Annual administration report of the Civil Veterinary Department of India - 1899-1900
Year: 1899
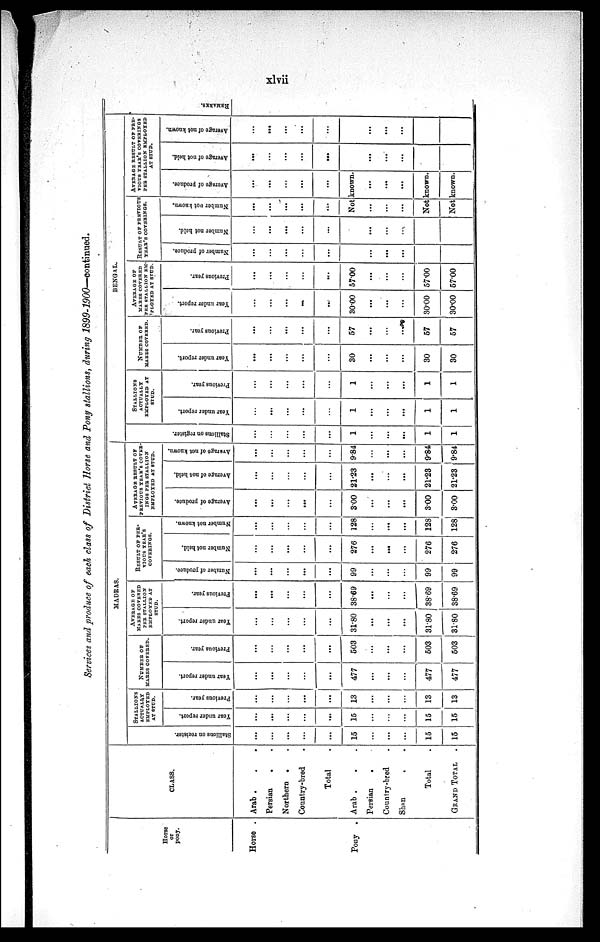
xlvii
Services and produce of each class of District Horse and Pony stallions, during
1899-1900—continued.
Horse
or
pony.
Horse .
Pony .
CLASS.
Arab . . .
Persian . .
Northern . .
Country-bred .
Total .
Arab . . .
Persian
.
Country-bred .
Shan . .
Total .
GRAND TOTAL
MADRAS.
St al l
i
ons on register.
...
...
...
...
...
15
...
...
...
15
15
STALLIONS
ACTUALLY
EMPLOYED
AT STUD.
Year under report.
...
...
...
...
...
15
...
...
...
15
15
Previous year.
...
...
...
...
...
13
...
...
...
13
13
NUMBER OP
MARES COVERED.
Year under report.
...
...
...
...
...
477
...
...
...
477
477
Previous year.
...
...
...
...
...
503
...
...
...
503
503
AVERAGE OF
MARES COVERED
PER STALLION
EMPLOYED AT
STUD.
Year under report.
...
...
...
...
...
31.80
...
...
...
31.80
31.80
Previous year.
...
...
...
...
...
38.69
...
...
...
38.69
38.69
RESULT OF PER-
-----
YEAR'S
COVERINGS.
Number of produce.
...
...
...
...
...
99
...
...
...
99
99
Number not held.
...
...
...
...
...
276
...
...
...
276
276
Number not known.
...
...
...
...
...
128
...
...
...
128
128
AVERAGE RESULT OF
PREVIOUS YEAR'S COVER
INGS PER STALLION
EMPLOYED AT STUD.
Average of produce.
...
...
...
...
...
3.00
...
...
...
300
3.00
Average of not held.
...
...
...
...
...
21.23
...
...
...
21.23
21.23
Average of not known.
...
...
...
...
...
9.84
...
...
...
9.84
9.84
BENGAL
St al l
i
ons on register.
...
...
...
...
...
1
...
...
...
1
1
STALLIONS
ACTUALLY
EMPLOYED AT
STUD.
Year under report.
...
...
...
...
...
1
...
...
...
1
1
Previous year.
...
...
...
...
1
...
...
...
1
1
NUMBER OF
MARES COVERED.
Year under report.
...
...
...
...
...
30
...
...
...
30
30
Previous year.
...
...
...
...
...
57
...
...
...
57
57
AVERAGE OF
MARES COVERED
PER STALLION EM
PLOYED AT STUD.
Year under report.
...
...
...
...
...
30.00
...
...
...
30.00
3000
Previous year.
...
...
...
...
...
5700
...
...
...
57.00
5700
RESULT OF PREVIOUS
YEAR'S COVERINGS.
Number of produce.
...
...
...
...
...
...
...
...
Number not held.
...
...
...
...
...
...
...
...
Number not known.
...
...
...
...
...
AVERAGE RESULT OF
PREVIOUS YEAR'S COVER
INGS PER STALLION
EMPLOYED AT STUD.
Average of produce.
...
...
...
...
...
Not known.
...
...
...
...
...
...
Not known.
Not known.
Average of not held.
...
...
...
...
...
...
...
...
Average of not known.
...
...
...
...
...
...
...
...
RE MARKS .